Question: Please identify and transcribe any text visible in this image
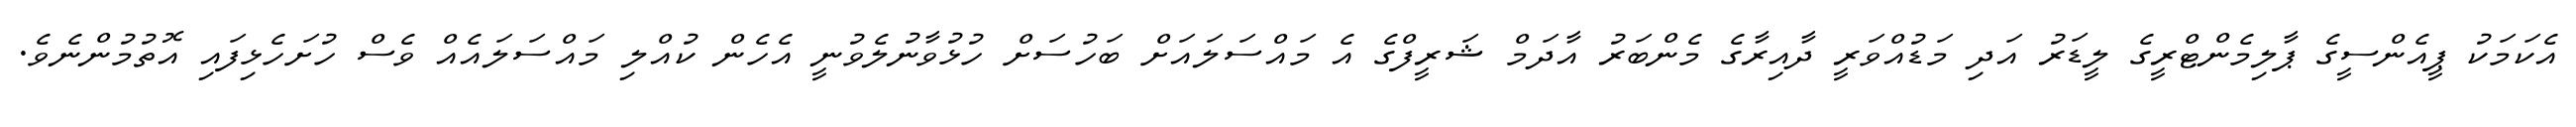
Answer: އެކަމަކު ޕީއެންސީގެ ޕާލިމެންޓްރީގެ ލީޑަރު އަދި މަޑުއްވަރީ ދާއިރާގެ މެންބަރު އާދަމް ޝަރީފްގެ އެ މައްސަލައަށް ބަހުސަށް ހުޅުވާނުލެވުނީ އެހެން ކުއްލި މައްސަލައެއް ވެސް ހުށަހެޅިފައި އޮތުމުންނެވެ.